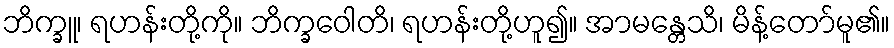
ဘိက္ခူ၊ ရဟန်းတို့ကို။ ဘိက္ခဝေါတိ၊ ရဟန်းတို့ဟူ၍။ အာမန္တေသိ၊ မိန့်တော်မူ၏။